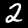
Label: 2